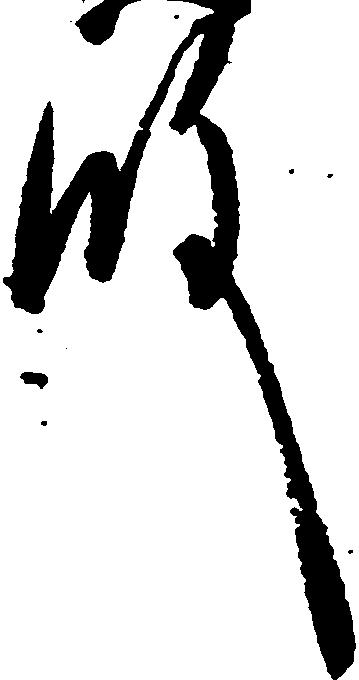
殿